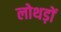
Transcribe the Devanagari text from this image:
लोथड़ों